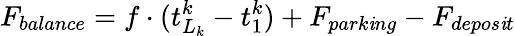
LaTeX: F_{balance}=f\cdot(t_{L_{k}}^{k}-t_{1}^{k})+F_{park\mathit{i}ng}-F_{depos\mathit{i}t}